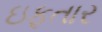
ઇફતાર